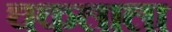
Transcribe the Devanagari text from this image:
चकलाला